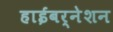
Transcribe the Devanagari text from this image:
हाईबर्नेशन